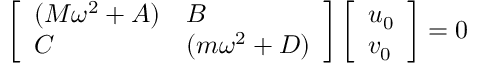
\left[ \begin{array} { l l } { ( M \omega ^ { 2 } + A ) } & { B } \\ { C } & { ( m \omega ^ { 2 } + D ) } \end{array} \right] \left[ \begin{array} { l } { u _ { 0 } } \\ { v _ { 0 } } \end{array} \right] = 0